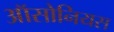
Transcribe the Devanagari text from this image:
ऑसोनियस